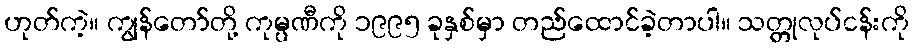
ဟုတ်ကဲ့။ ကျွန်တော်တို့ ကုမ္ပဏီကို ၁၉၉၅ ခုနှစ်မှာ တည်ထောင်ခဲ့တာပါ။ သတ္တုလုပ်ငန်းကို